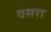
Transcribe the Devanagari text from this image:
वसरा